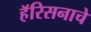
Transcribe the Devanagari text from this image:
हॅरिसनाचे